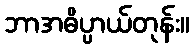
ဘာအဓိပ္ပာယ်တုန်း။